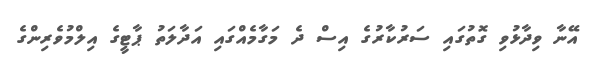
އޭނާ ވިދާޅުވި ގޮތުގައި ސަރުކާރުގެ އިސް ދެ މަގާމެއްގައި އަދާލަތު ޕާޓީގެ އިލްމުވެރިންގެ